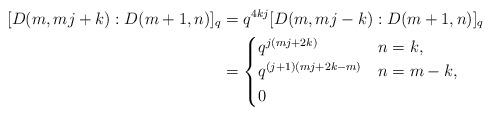
LaTeX: \begin{align*} [D(m,m j+k):D(m+1,n)]_q&=q^{4kj}[D(m,m j -k):D(m+1,n)]_q&\\& =\begin{cases}q^{j(m j + 2k)} & n=k, \\q^{(j + 1)(m j+ 2k - m)} & n=m-k, \\0 &\end{cases}\end{align*}